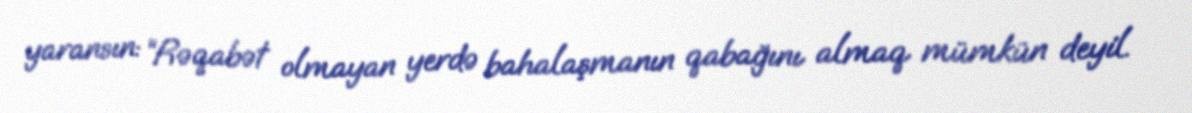
yaransın: “Rəqabət olmayan yerdə bahalaşmanın qabağını almaq mümkün deyil.